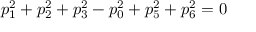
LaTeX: p _ { 1 } ^ { 2 } + p _ { 2 } ^ { 2 } + p _ { 3 } ^ { 2 } - p _ { 0 } ^ { 2 } + p _ { 5 } ^ { 2 } + p _ { 6 } ^ { 2 } = 0